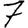
Digit: 7